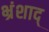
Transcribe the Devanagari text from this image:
भ्रंशाद्